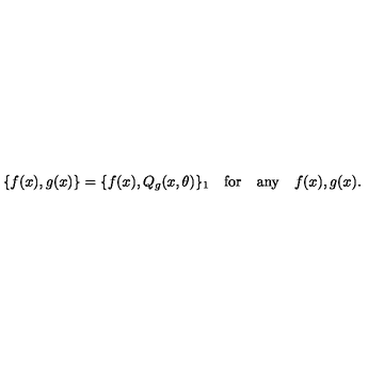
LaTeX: \{ f ( x ) , g ( x ) \} = \{ f ( x ) , Q _ { g } ( x , \theta ) \} _ { 1 } \quad \mathrm { f o r } \quad \mathrm { a n y } \quad f ( x ) , g ( x ) .